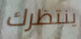
ينتظرك